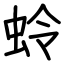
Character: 蛉